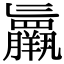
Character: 𮊷